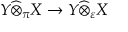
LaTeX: Y { \widehat { \otimes } } _ { \pi } X \to Y { \widehat { \otimes } } _ { \varepsilon } X